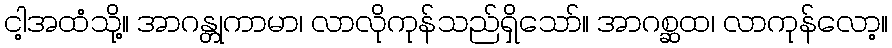
ငါ့အထံသို့။ အာဂန္တုကာမာ၊ လာလိုကုန်သည်ရှိသော်။ အာဂစ္ဆထ၊ လာကုန်လော့။